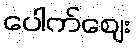
ပေါက်ဈေး